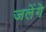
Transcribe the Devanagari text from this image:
जलेंगे